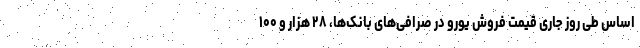
اساس طی روز جاری قیمت فروش یورو در صرافی‌های بانک‌ها، ۲۸ هزار و ۱۰۰